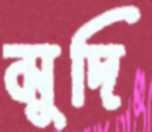
মুদি